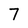
Character: 7